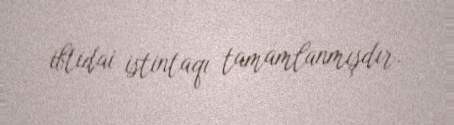
ibtidai istintaqı tamamlanmışdır.